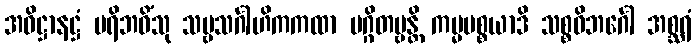
အဓိဋ္ဌာနဋ္ဌံ ပရိဘဝိံသု သဗ္ဗသင်္ဂါဟိကကထာ မဂ္ဂိတဗ္ဗန္တိ ကမ္မပစ္စယာဒိ သစ္စဝိဘင်္ဂေါ အစ္ဆရံ